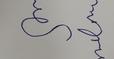
Signature authenticity: forged